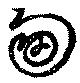
甸